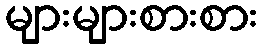
များများစားစား